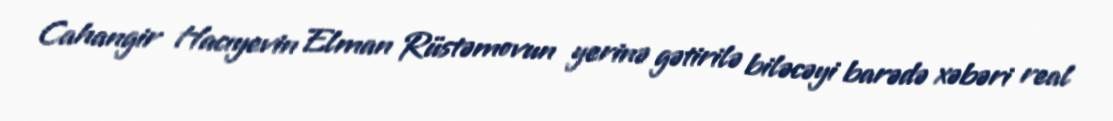
Cahangir Hacıyevin Elman Rüstəmovun yerinə gətirilə biləcəyi barədə xəbəri real